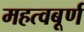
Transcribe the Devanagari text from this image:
महत्वबूर्ण